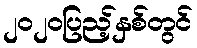
၂၀၂၀ပြည့်နှစ်တွင်